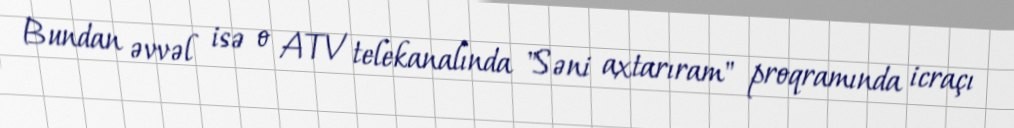
Bundan əvvəl isə o ATV telekanalında "Səni axtarıram" proqramında icraçı